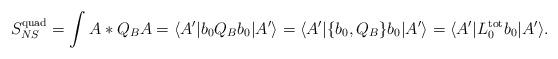
LaTeX: \begin{align*}S_{NS}^{\mathrm{quad}}=\int A*Q_BA=\langle A^{\prime}|b_0Q_Bb_0|A^{\prime}\rangle=\langle A^{\prime}|\{b_0,Q_B\}b_0|A^{\prime}\rangle=\langle A^{\prime}|L_0^{\mathrm{tot}}b_0|A^{\prime}\rangle .\end{align*}